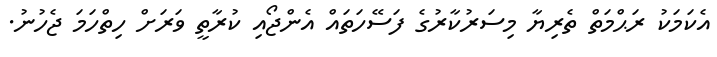
އެކަމަކު ރަޙްމަތް ތެރިޔާ މިސަރުކާރުގެ ފަސޭހަތައް އެންޖޯއި ކުރާތީ ވަރަށް ހިތްހަމަ ޖެހުނު.